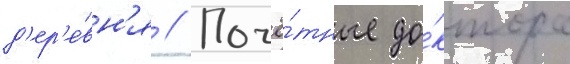
д'ер'е́вн'я // Почё́тные до́ктора